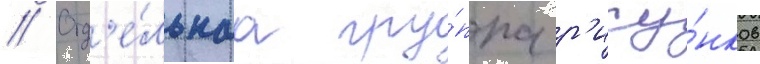
// Отд'е́льнаа гру́ппа р'ису́нков